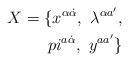
LaTeX: \begin{align*}X=\{x^{\alpha\dot\alpha},\ \lambda^{\alpha a^\prime},\\pi^{a\dot\alpha},\ y^{aa^\prime}\}\end{align*}